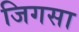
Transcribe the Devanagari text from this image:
जिगसा